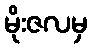
မိုးဇလမှ